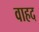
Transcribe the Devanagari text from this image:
वाहद